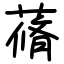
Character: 蓨